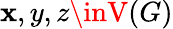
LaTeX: \mathbf{x},y,z\inV(G)